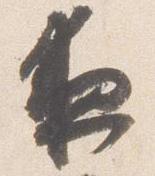
夜